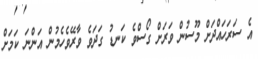
އެ ސަރަހައްދަށް މޫސުން ވަރަށް ގޯސްވެ ކަނޑު ގަދަވެ ވާރޭވެހެމުން އަންނަ ކަމަށް